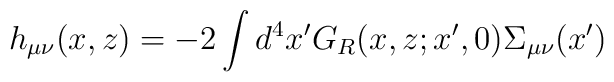
h_{\mu\nu}(x,z)=-2\int d^4x^{\prime}G_R(x,z; x^{\prime},0)\Sigma_{\mu\nu}(x^{\prime})